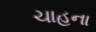
ચાહના